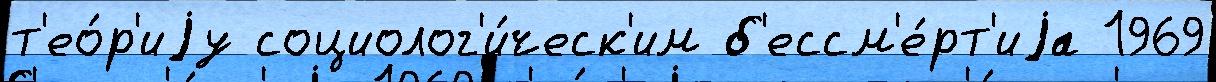
т'ео́р'иjу социолог'и́ческ'им б'ессм'е́рт'иjа 1969